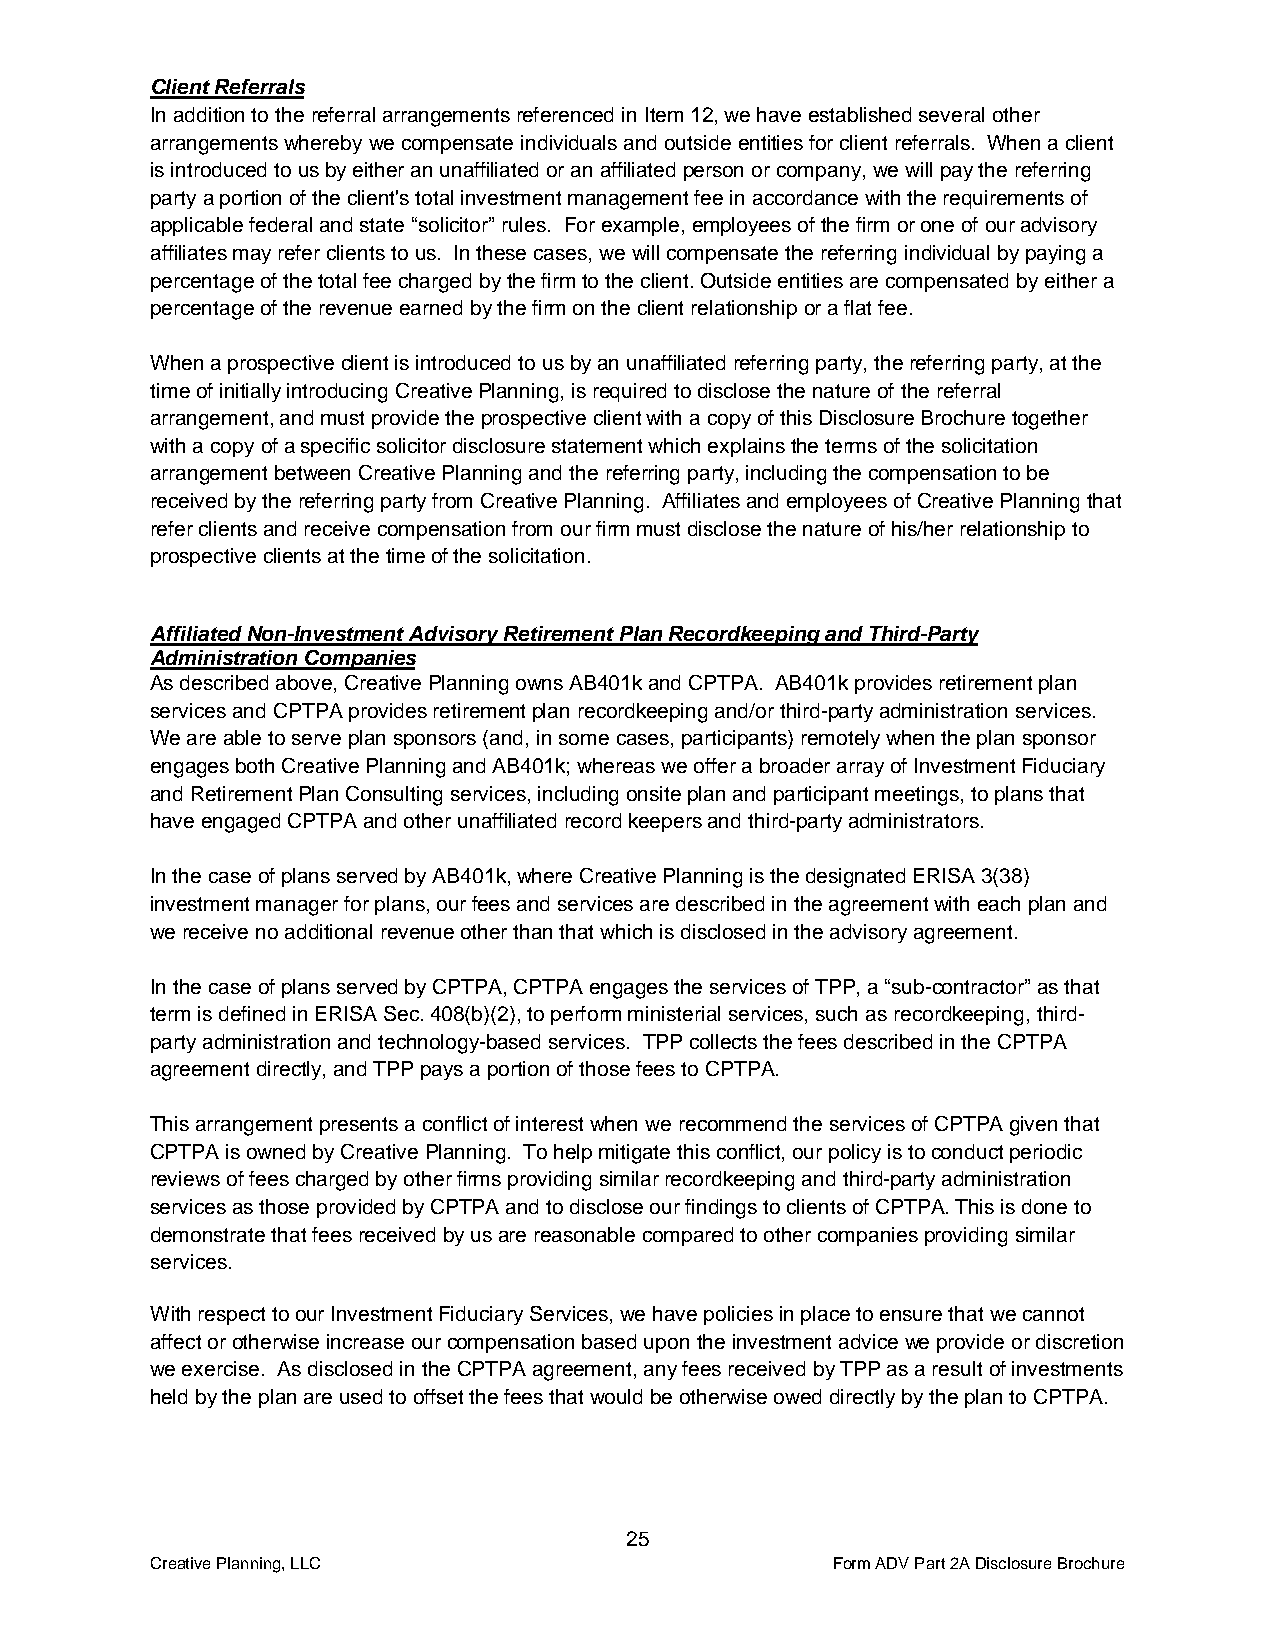
Client Referrals
 In addition to the referral arrangements referenced in Item 12, we have established several other
 arrangements whereby we compensate individuals and outside entities for client referrals. When a client
 is introduced to us by either an unaffiliated or an affiliated person or company, we will pay the referring
 party a portion of the client's total investment management fee in accordance with the requirements of
 applicable federal and state “solicitor” rules. For example, employees of the firm or one of our advisory
 affiliates may refer clients to us. In these cases, we will compensate the referring individual by paying a
 percentage of the total fee charged by the firm to the client. Outside entities are compensated by either a
 percentage of the revenue earned by the firm on the client relationship or a flat fee.
 When a prospective client is introduced to us by an unaffiliated referring party, the referring party, at the
 time of initially introducing Creative Planning, is required to disclose the nature of the referral
 arrangement, and must provide the prospective client with a copy of this Disclosure Brochure together
 with a copy of a specific solicitor disclosure statement which explains the terms of the solicitation
 arrangement between Creative Planning and the referring party, including the compensation to be
 received by the referring party from Creative Planning. Affiliates and employees of Creative Planning that
 refer clients and receive compensation from our firm must disclose the nature of his/her relationship to
 prospective clients at the time of the solicitation.
 Affiliated Non-Investment Advisory Retirement Plan Recordkeeping and Third-Party
 Administration Companies
 As described above, Creative Planning owns AB401k and CPTPA. AB401k provides retirement plan
 services and CPTPA provides retirement plan recordkeeping and/or third-party administration services.
 We are able to serve plan sponsors (and, in some cases, participants) remotely when the plan sponsor
 engages both Creative Planning and AB401k; whereas we offer a broader array of Investment Fiduciary
 and Retirement Plan Consulting services, including onsite plan and participant meetings, to plans that
 have engaged CPTPA and other unaffiliated record keepers and third-party administrators.
 In the case of plans served by AB401k, where Creative Planning is the designated ERISA 3(38)
 investment manager for plans, our fees and services are described in the agreement with each plan and
 we receive no additional revenue other than that which is disclosed in the advisory agreement.
 In the case of plans served by CPTPA, CPTPA engages the services of TPP, a “sub-contractor” as that
 term is defined in ERISA Sec. 408(b)(2), to perform ministerial services, such as recordkeeping, third-
 party administration and technology-based services. TPP collects the fees described in the CPTPA
 agreement directly, and TPP pays a portion of those fees to CPTPA.
 This arrangement presents a conflict of interest when we recommend the services of CPTPA given that
 CPTPA is owned by Creative Planning. To help mitigate this conflict, our policy is to conduct periodic
 reviews of fees charged by other firms providing similar recordkeeping and third-party administration
 services as those provided by CPTPA and to disclose our findings to clients of CPTPA. This is done to
 demonstrate that fees received by us are reasonable compared to other companies providing similar
 services.
 With respect to our Investment Fiduciary Services, we have policies in place to ensure that we cannot
 affect or otherwise increase our compensation based upon the investment advice we provide or discretion
 we exercise. As disclosed in the CPTPA agreement, any fees received by TPP as a result of investments
 held by the plan are used to offset the fees that would be otherwise owed directly by the plan to CPTPA.
 25
 Creative Planning, LLC                       Form ADV Part 2A Disclosure Brochure